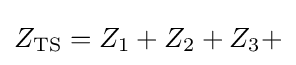
Z_{\text{TS}}=Z_{1}+Z_{2}+Z_{3}+